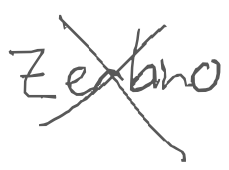
Text: Zerbino
Cross-out: mix
Writing tool: digital_gray